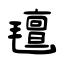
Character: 氊